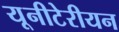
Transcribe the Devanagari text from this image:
यूनीटेरीयन